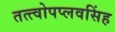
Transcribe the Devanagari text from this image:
तत्त्वोपप्लवसिंह